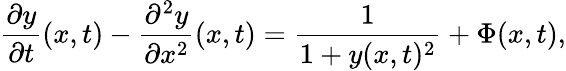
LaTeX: \frac{\partial y}{\partial t}(x,t)-\frac{\partial^{2}y}{\partial x^{2}}(x,t)=\frac{1}{1+y(x,t)^{2}}+\Phi(x,t),